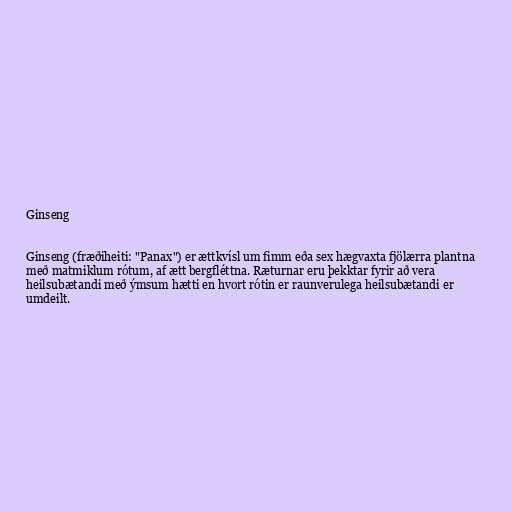
Ginseng

Ginseng (fræðiheiti: "Panax") er ættkvísl um fimm eða sex hægvaxta fjölærra plantna
með matmiklum rótum, af ætt bergfléttna. Ræturnar eru þekktar fyrir að vera
heilsubætandi með ýmsum hætti en hvort rótin er raunverulega heilsubætandi er
umdeilt.